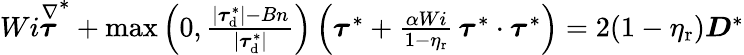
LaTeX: \begin{array}{r}{Wi\stackrel{\nabla}{\boldsymbol{\tau}}^{*}+\operatorname*{max}\left(0,\frac{|\boldsymbol{\tau}_{\mathrm{d}}^{*}|-Bn}{|\boldsymbol{\tau}_{\mathrm{d}}^{*}|}\right)\left(\boldsymbol{\tau}^{*}+\frac{\alpha Wi}{1-\eta_{\mathrm{r}}}\, \boldsymbol{\tau}^{*}\cdot\boldsymbol{\tau}^{*}\right)=2(1-\eta_{\mathrm{r}})\boldsymbol{D}^{*}}\end{array}